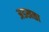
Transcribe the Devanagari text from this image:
अडखळा